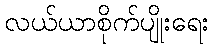
လယ်ယာစိုက်ပျိုးရေး